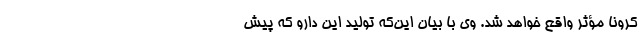
کرونا مؤثر واقع خواهد شد. وی با بیان این‌که تولید این دارو که پیش